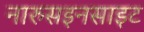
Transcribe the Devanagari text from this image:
नारुसइनसाइट